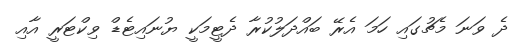
ދެ ވަނަ މެޗުގައި ހަމަ އެރޭ ބައްދަލުކުރާ ދެޓީމަކީ ޔުނައިޓެޑް ވިކްޓަރީ އާއި